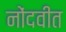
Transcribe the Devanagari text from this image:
नोंदवीत